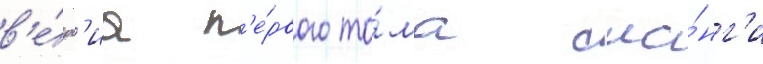
в'е́рс'иа п'е́рвого то́ма ма́нг'и